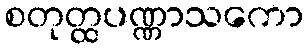
စတုတ္ထပဏ္ဏာသကော